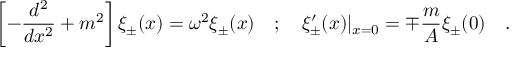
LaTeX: \left[ - \frac { d ^ { 2 } } { d x ^ { 2 } } + m ^ { 2 } \right] \xi _ { \pm } ( x ) = \omega ^ { 2 } \xi _ { \pm } ( x ) \quad ; \quad \xi _ { \pm } ^ { \prime } ( x ) | _ { x = 0 } = \mp \frac { m } { A } \xi _ { \pm } ( 0 ) \quad .